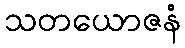
သတယောဇနံ